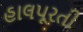
હાલપૂરતી